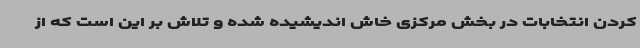
کردن انتخابات در بخش مرکزی خاش اندیشیده شده و تلاش بر این است که از